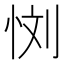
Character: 𰑙